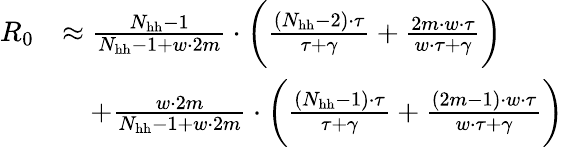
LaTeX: \begin{array}{rl}{R_{0}}&{\approx\frac{N_{\mathrm{hh}}-1}{N_{\mathrm{hh}}-1+w\cdot 2m}\cdot\bigg(\frac{(N_{\mathrm{hh}}-2)\cdot\tau}{\tau+\gamma}+\frac{2m\cdot w\cdot\tau}{w\cdot\tau+\gamma}\bigg)}\\ &{\quad+\frac{w\cdot 2m}{N_{\mathrm{hh}}-1+w\cdot 2m}\cdot\bigg(\frac{(N_{\mathrm{hh}}-1)\cdot\tau}{\tau+\gamma}+\frac{(2m-1)\cdot w\cdot\tau}{w\cdot\tau+\gamma}\bigg)}\end{array}